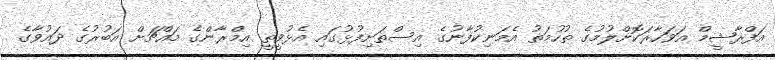
އަފްރާޝީމް އަވަހާރަކޮށްލުމުގެ ތުހުމަތު އެމަނިކުފާނުގެ އިސްތަށިފުޅުގައި އެޅުވީތީ އިމްރާންގެ މައްޗަށް އަބުރުގެ ދައުވާގެ